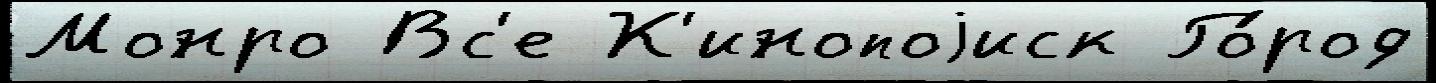
Монро Вс'е К'инопоjиск Го́род